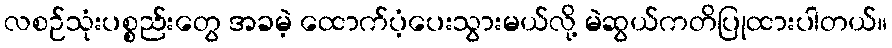
လစဉ်သုံးပစ္စည်းတွေ အခမဲ့ ထောက်ပံ့ပေးသွားမယ်လို့ မဲဆွယ်ကတိပြုထားပါတယ်။